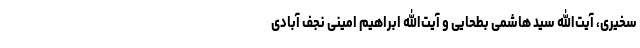
سخیری، آیت‌الله سید هاشمی بطحایی و آیت‌الله ابراهیم امینی نجف آبادی